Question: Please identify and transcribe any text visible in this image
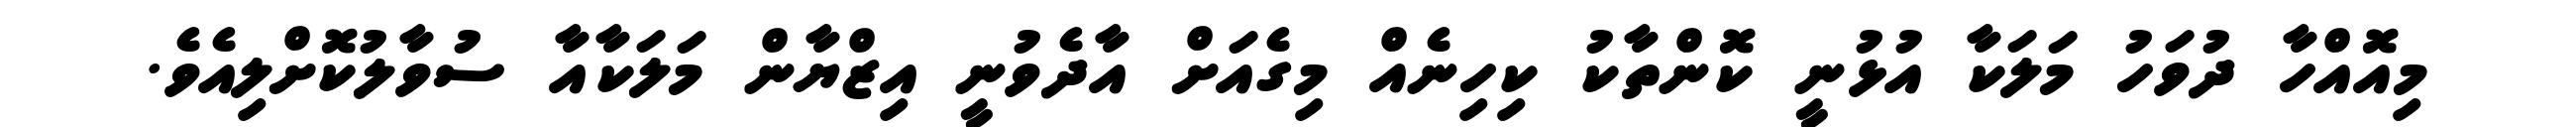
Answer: މިއޮއްހާ ދުވަހު މަލަކާ އުޅުނީ ކޮންތާކު ކިހިނެއް މިގެއަށް އާދެވުނީ އިޒްޔާން މަލަކާއާ ސުވާލުކޮށްލިއެވެ.